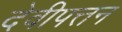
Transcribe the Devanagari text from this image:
देवीपत्तन